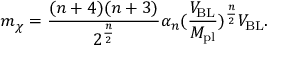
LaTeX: m _ { \chi } = \frac { ( n + 4 ) ( n + 3 ) } { 2 ^ { \frac { n } { 2 } } } \alpha _ { n } ( \frac { V _ { \mathrm { B L } } } { M _ { \mathrm { p l } } } ) ^ { \frac { n } { 2 } } V _ { \mathrm { B L } } .